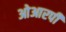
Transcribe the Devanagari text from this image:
ओआरपी